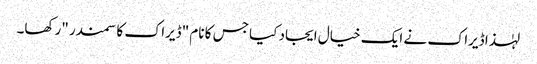
لہٰذا ڈیراک نے ایک خیال ایجاد کیا جس کا نام "ڈیراک کا سمندر "رکھا۔